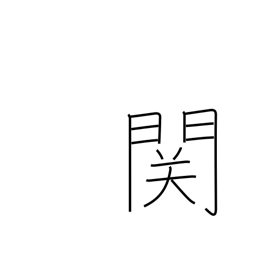
Meaning: barrier